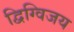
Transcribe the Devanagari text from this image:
द्विग्विजय